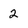
Character: 2